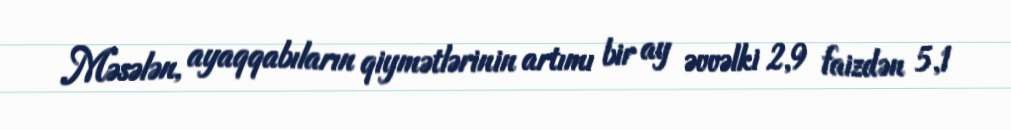
Məsələn, ayaqqabıların qiymətlərinin artımı bir ay əvvəlki 2,9 faizdən 5,1